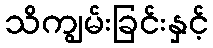
သိကျွမ်းခြင်းနှင့်